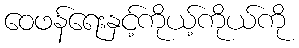
ဝေဖန်ရေးနှင့်ကိုယ့်ကိုယ်ကို